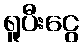
ရူပီးငွေ